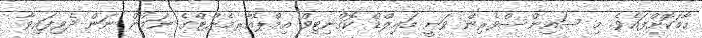
ހާމަކޮށްފައެވެ. މި ސައިންސްވެރިން ވަނީ މައިލްޑް ކޮގްނިޓިވް އިމްޕެއާރމެންޓްގެ ނަމުން ނަން ދެވިފައިވާ